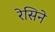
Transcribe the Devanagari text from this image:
रेसिने